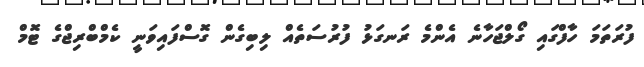
ފުރަތަމަ ހާފްގައި ގޯލްޖަހާނެ އެންމެ ރަނގަޅު ފުރުސަތެއް ލިބިގެން ގޮސްފައިވަނީ ކެމްބްރިޖްގެ ޓޮމް